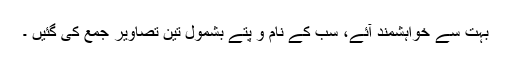
بہت سے خواہشمند آئے، سب کے نام و پتے بشمول تین تصاویر جمع کی گئیں ۔